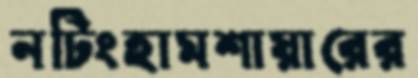
নটিংহামশায়ারের